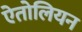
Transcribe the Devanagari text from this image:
ऐतोलियन